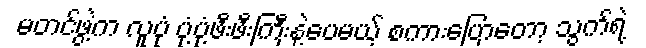
မတင်ဖွဲ့က လူပုံ ပုံ့ပုံ့ဖီးဖီးကြီးနဲ့ပေမယ့် စကားပြောတော့ သွက်ရဲ့